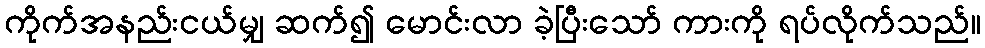
ကိုက်အနည်းငယ်မျှ ဆက်၍ မောင်းလာ ခဲ့ပြီးသော် ကားကို ရပ်လိုက်သည်။